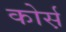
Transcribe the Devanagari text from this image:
कोर्स़